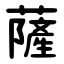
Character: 薩